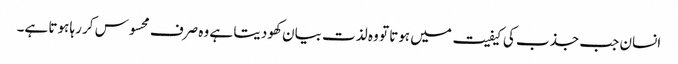
انسان جب جذب کی کیفیت میں ہوتا تو وہ لذت بیان کھو دیتا ہے وہ صرف محسوس کر رہا ہوتا ہے۔